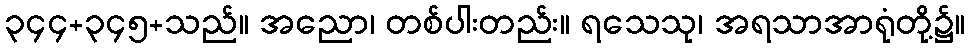
၃၄၄+၃၄၅+သည်။ အညော၊ တစ်ပါးတည်း။ ရသေသု၊ အရသာအာရုံတို့၌။